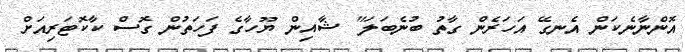
އޮންނާނެކަން އެނގޭ އަހަރެން ގާތު ބުނެބަލަ" ޝާއިން ޔޫހާގެ ފަހަތުން ގޮސް ކާކޮޓަރިއަށް